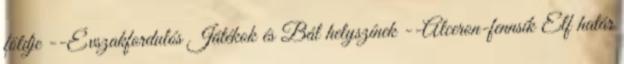
földje --Évszakfordulós Játékok és Bál helyszínek --Alceron-fennsík Elf határ